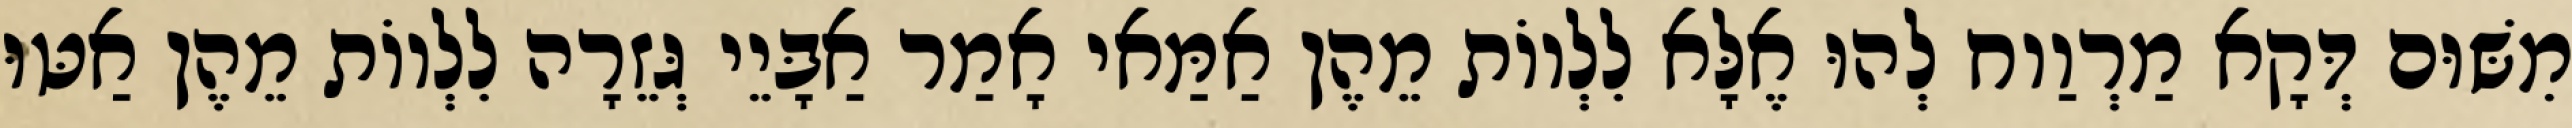
מִשּׁוּם דְּקָא מַרְוַוח לְהוּ אֶלָּא לִלְווֹת מֵהֶן אַמַּאי אָמַר אַבָּיֵי גְּזֵרָה לִלְווֹת מֵהֶן אַטּוּ